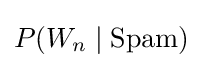
P(W_{n}\mid {\text{Spam}})